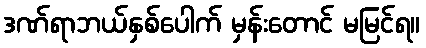
ဒဏ်ရာဘယ်နှစ်ပေါက် မှန်းတောင် မမြင်ရ။